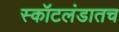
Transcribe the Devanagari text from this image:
स्कॉटलंडातच